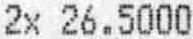
2X 26.5000